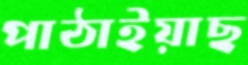
পাঠাইয়াছ